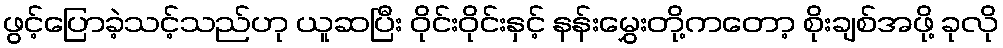
ဖွင့်ပြောခဲ့သင့်သည်ဟု ယူဆပြီး ဝိုင်းဝိုင်းနှင့် နန်းမွှေးတို့ကတော့ စိုးချစ်အဖို့ ခုလို